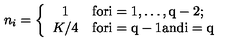
n _ { i } = \left\{ \begin{array} { c l } { 1 } & { \mathrm { f o r i = 1 , \dots , q - 2 ; } } \\ { K / 4 } & { \mathrm { f o r i = q - 1 a n d i = q } } \\ \end{array} \right.